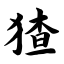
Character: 猹